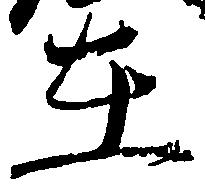
在